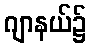
ဂျာနယ်၌